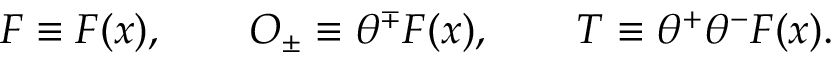
F \equiv F ( x ) , \qquad O _ { \pm } \equiv \theta ^ { \mp } F ( x ) , \qquad T \equiv \theta ^ { + } \theta ^ { - } F ( x ) .